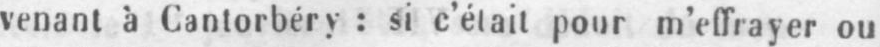
venant à Cantorbéry: si c’était pour m’effrayer ou